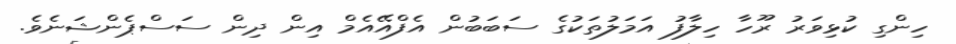
ހިންގި ކުޅިވަރު ރޫހާ ހިލާފު އަމަލުތަކުގެ ސަބަބުން އެފްއޭއެމް އިން ދިން ސަސްޕެންޝަނެވެ.